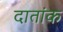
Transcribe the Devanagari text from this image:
दातांक